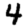
Digit: 4